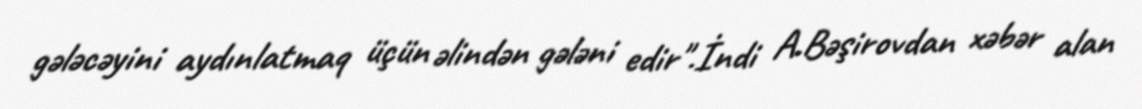
gələcəyini aydınlatmaq üçün əlindən gələni edir".İndi A.Bəşirovdan xəbər alan